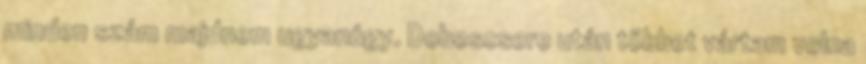
minden szám majdnem ugyanúgy. Doboscsere után többet vártam volna